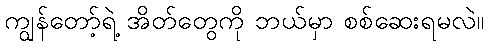
ကျွန်တော့်ရဲ့ အိတ်တွေကို ဘယ်မှာ စစ်ဆေးရမလဲ။